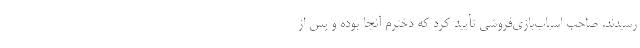
رسیدند. صاحب اسباب‌بازی‌فروشی تأیید کرد که دخترم آنجا بوده و پس از